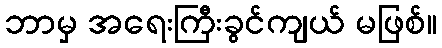
ဘာမှ အရေးကြီးခွင်ကျယ် မဖြစ်။